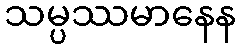
သမ္ပဿမာနေန